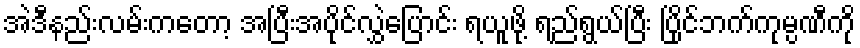
အဲဒီနည်းလမ်းကတော့ အပြီးအပိုင်လွှဲပြောင်း ရယူဖို့ ရည်ရွယ်ပြီး ပြိုင်ဘက်ကုမ္ပဏီကို